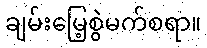
ချမ်းမြေ့စွဲမက်စရာ။